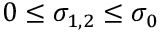
0 \leq \sigma _ { 1 , 2 } \leq \sigma _ { 0 }